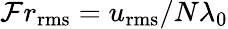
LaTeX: \mathcal{F}r_{\mathrm{{rms}}}=u_{\mathrm{{rms}}}/N\lambda_{0}